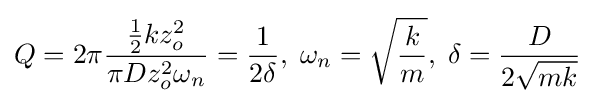
Q=2\pi {\frac {{\frac {1}{2}}kz_{o}^{2}}{\pi Dz_{o}^{2}\omega _{n}}}={\frac {1}{2\delta }},\;\omega _{n}={\sqrt {\frac {k}{m}}},\;\delta ={\frac {D}{2{\sqrt {mk}}}}\,\!